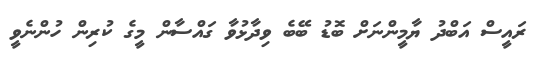
ރައީސް އަބްދު ޔާމީންނަށް ބޮޑު ބޭބެ ވިދާޅުވާ ގައްސާން މީގެ ކުރިން ހުންނެވީ